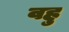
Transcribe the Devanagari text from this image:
वहु